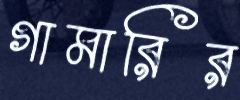
গামারির